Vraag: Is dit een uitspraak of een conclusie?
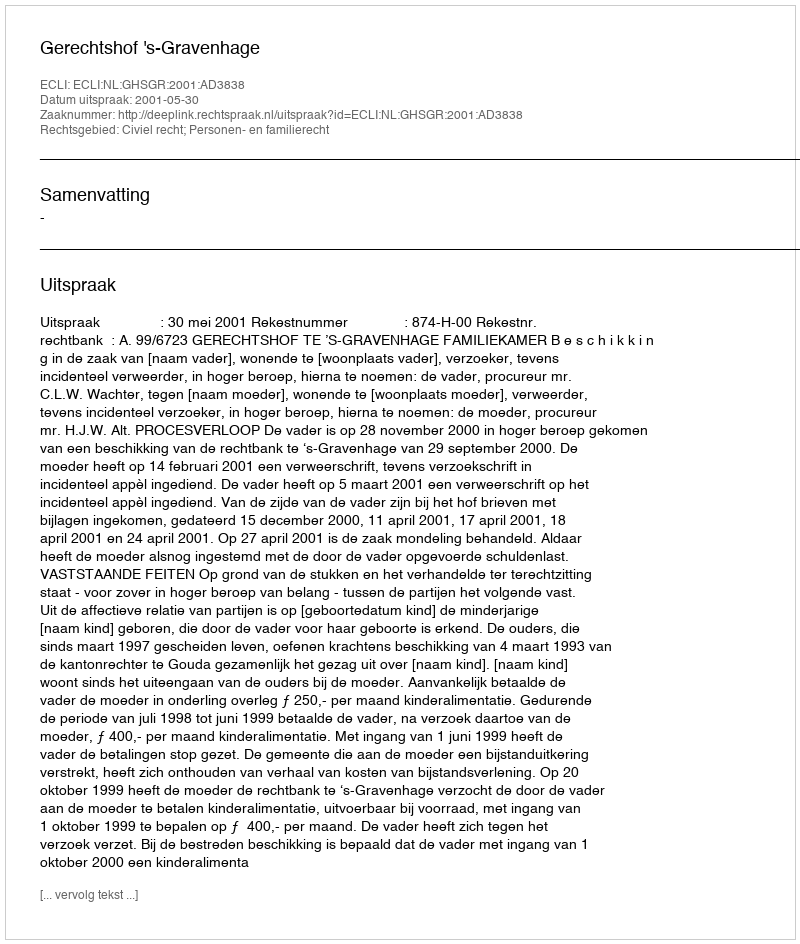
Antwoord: Uitspraak